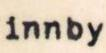
innby